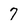
Character: 7